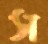
স